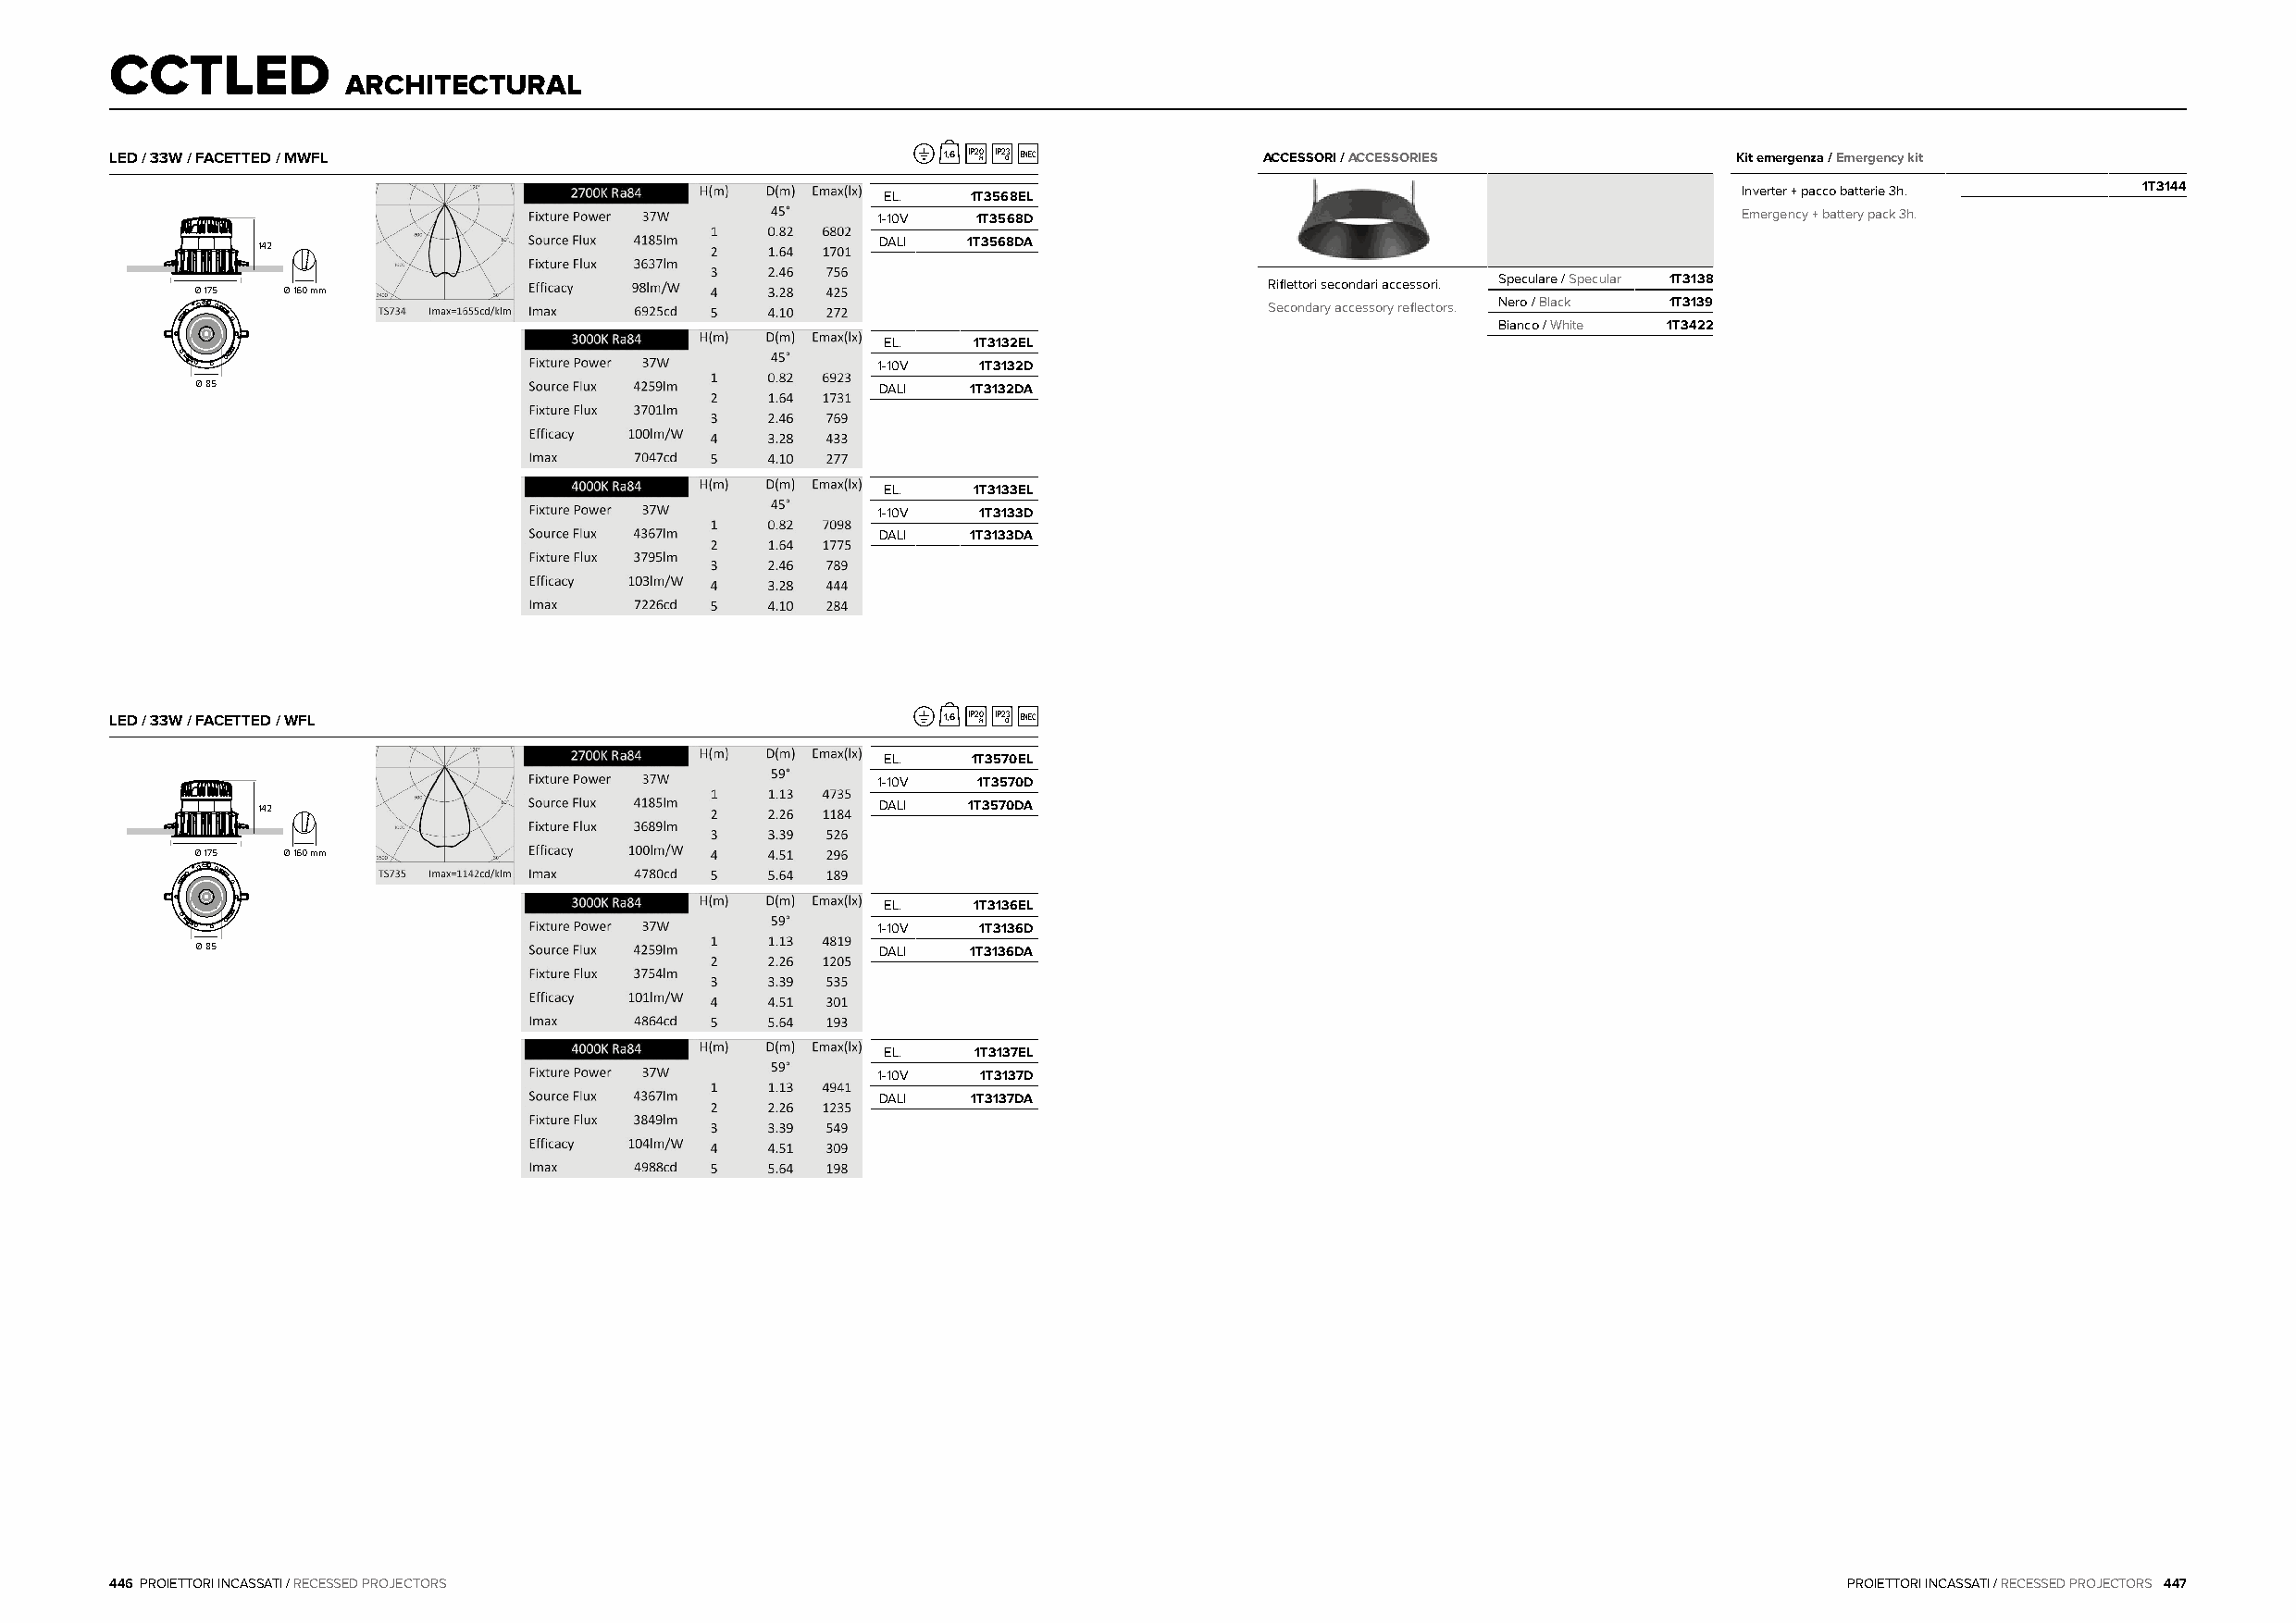
CCTLED
 ARCHITECTURAL
 LED / 33W / FACETTED / MWFL                                1,6 IP20 H IP2 O3 ENEC ACCESSORI / ACCESSORIES           Kit emergenza / Emergency kit
 EL.   1T3568EL                                                Inverter + pacco batterie 3h. 1T3144
 1-10V  1T3568D                                                Emergency + battery pack 3h.
 142                                          DALI  1T3568DA
 Riflettori secondari accessori. Speculare / Specular 1T3138
 Ø 175 Ø 160 mm
 Secondary accessory reflectors. Nero / Black 1T3139
 Bianco / White 1T3422
 EL.    1T3132EL
 1-10V  1T3132D
 Ø 85                                             DALI  1T3132DA
 EL.    1T3133EL
 1-10V  1T3133D
 DALI  1T3133DA
 LED / 33W / FACETTED / WFL                                 1,6 IP20 H IP2 O3 ENEC
 EL.   1T3570EL
 1-10V  1T3570D
 142                                          DALI  1T3570DA
 Ø 175 Ø 160 mm
 EL.    1T3136EL
 1-10V  1T3136D
 Ø 85                                             DALI  1T3136DA
 EL.    1T3137EL
 1-10V  1T3137D
 DALI  1T3137DA
 446 PROIETTORI INCASSATI / RECESSED PROJECTORS                                                                              PROIETTORI INCASSATI / RECESSED PROJECTORS 447